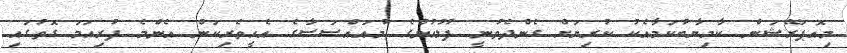
މިއޮޕަރޭޝަން ކާމިޔާބުކަމާއެކު ކުރިޔަށް ގެންދެވުނީ ފުލުހުންގެ މުއައްސަސާގެ އެހީތެރިކަން އެންމެ ފުރިހަމަ ގޮތުގައި